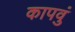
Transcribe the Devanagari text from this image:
कापवुं